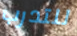
للتدرب